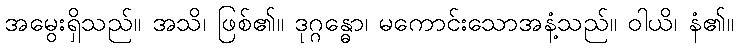
အမွေးရှိသည်။ အသိ၊ ဖြစ်၏။ ဒုဂ္ဂန္ဓော၊ မကောင်းသောအနံ့သည်။ ဝါယိ၊ နံ၏။